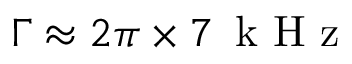
\Gamma \approx 2 \pi \times 7 \, \mathrm { ~ k ~ H ~ z ~ }